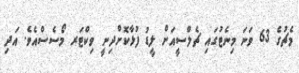
މެޗުގެ 63 ވަނަ މިނެޓުގައި ޗެލްސީއަށް ލީޑު ފުޅާކޮށްދިނީ ވިކްޓަރ މޯސެސްއެވެ. އަދި